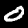
Digit: 0